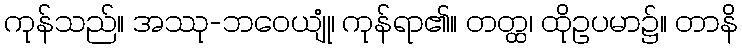
ကုန်သည်။ အဿု-ဘဝေယျုံ၊ ကုန်ရာ၏။ တတ္ထ၊ ထိုဥပမာ၌။ တာနိ